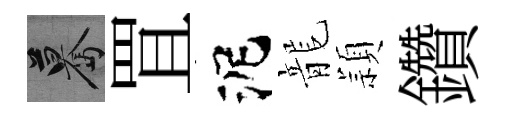
驀罝泥龍頴鑽